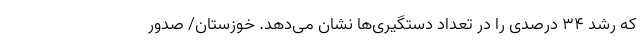
که رشد ۳۴ درصدی را در تعداد دستگیری‌ها نشان می‌دهد. خوزستان/ صدور